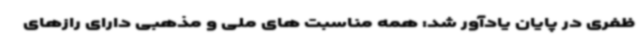
ظفری در پایان یادآور شد: همه مناسبت های ملی و مذهبی دارای رازهای